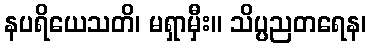
နပရိယေသတိ၊ မရှာမှီး။ သိပ္ပညတရေန၊